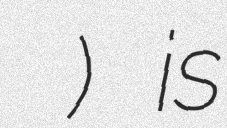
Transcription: ادب پارسی) is